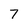
Character: 7